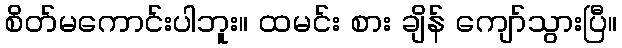
စိတ်မကောင်းပါဘူး။ ထမင်း စား ချိန် ကျော်သွားပြီ။